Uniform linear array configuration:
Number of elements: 48
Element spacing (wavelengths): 0.75
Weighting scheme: hann
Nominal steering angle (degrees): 45
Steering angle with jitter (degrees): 46.995
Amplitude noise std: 0.05
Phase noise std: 0.05

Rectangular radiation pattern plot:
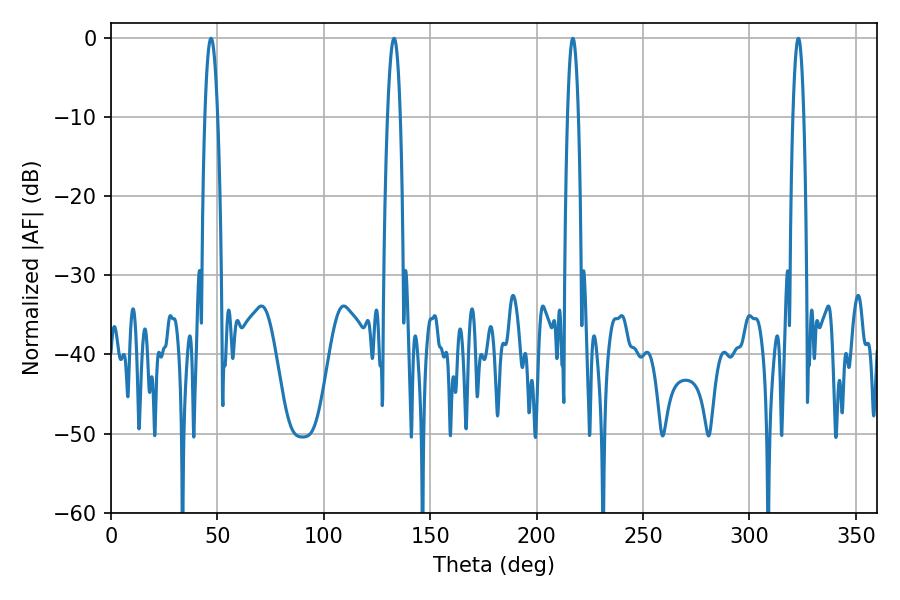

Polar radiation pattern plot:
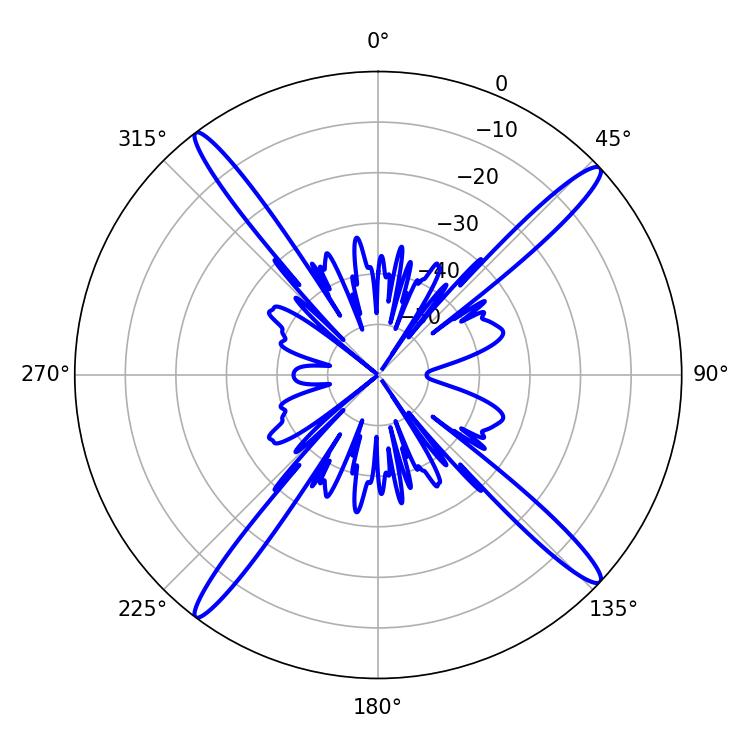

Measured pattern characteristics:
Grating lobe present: TRUE
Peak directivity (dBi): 18.612
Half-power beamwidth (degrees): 3.24
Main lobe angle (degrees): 133.02